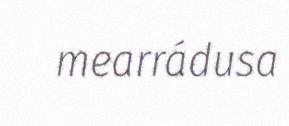
mearrádusa